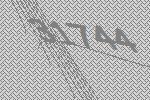
31744